Madras plague regulations in force outside the Presidency town - Volume 1
Disease focus: Plague
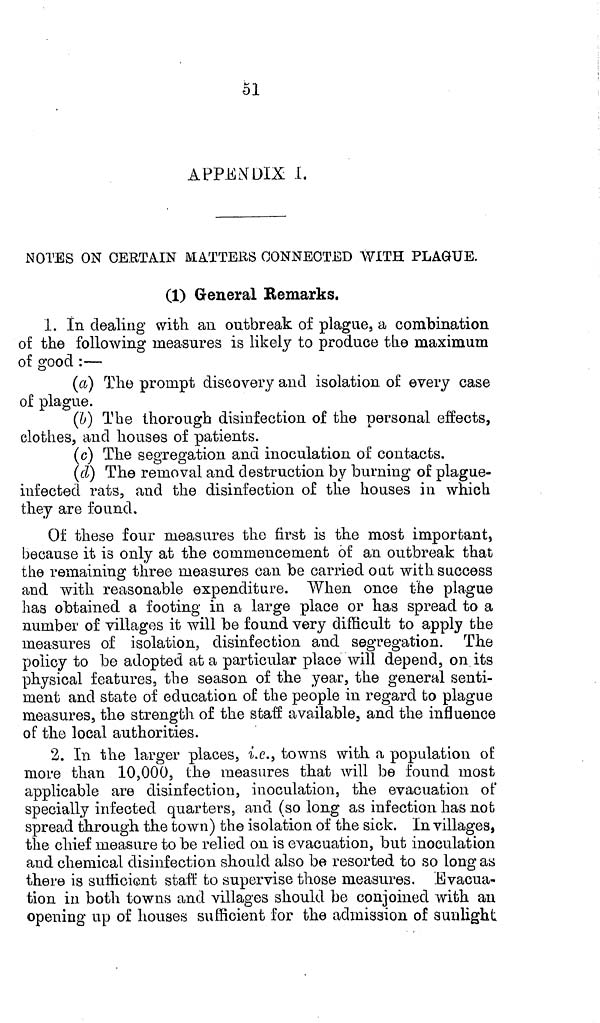
51
APPENDIX 1.
NOTES ON CERTAIN MATTERS CONNECTED WITH PLAGUE.
(1) General Remarks.
1. In dealing with an outbreak of plague, a combination
of the following measures is likely to produce the maximum
of good :—
(a) The prompt discovery and isolation of every case
of plague.
(b) The thorough disinfection of the personal effects,
clothes, and houses of patients.
(c) The segregation and inoculation of contacts.
(d) The removal and destruction by burning of plague-
infected rats, and the disinfection of the houses in which
they are found.
Of these four measures the first is the most important
because it is only at the commencement of an outbreak that
the remaining three measures can be carried oat with success
and with reasonable expenditure. When once the plague
has obtained a footing in a large place or has spread to a
number of villages it will be found very difficult to apply the
measures of isolation, disinfection and segregation. The
policy to be adopted at a particular place will depend, on its
physical features, the season of the year, the general senti-
ment and state of education of the people in regard to plague
measures, the strength of the staff available 5 and the influence
of the local authorities.
2. In the larger places, i.e., towns with a population of
more than 10,000, the measures that will be found most
applicable are disinfection, inoculation, the evacuation of
specially infected quarters, and (so long as infection has not
spread through the town) the isolation of the sick. In villages,
the chief measure to be relied on is evacuation, but inoculation
and chemical disinfection should also be resorted to so long as
there is sufficient staff to supervise those measures. Evacua-
tion in both towns and villages should be conjoined with an
opening up of houses sufficient for the admission of sunlight